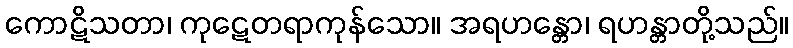
ကောဋိသတာ၊ ကုဋေတရာကုန်သော။ အရဟန္တော၊ ရဟန္တာတို့သည်။